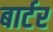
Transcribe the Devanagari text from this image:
बार्टर